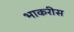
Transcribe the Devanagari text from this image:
भाकरीस